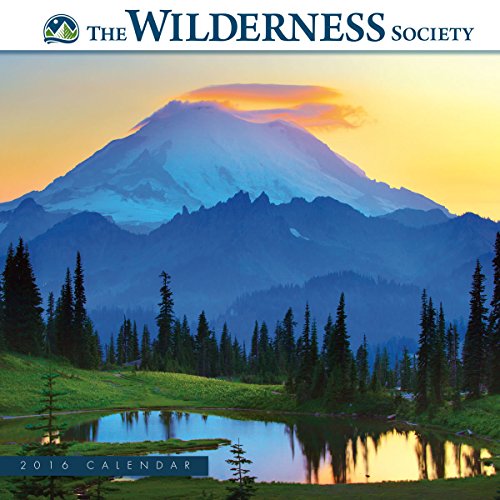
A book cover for The Wilderness Society 2016 Wall Calendar; Ron and Patty Thomas Photography/ Getty images; Calendars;